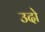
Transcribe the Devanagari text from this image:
उदो